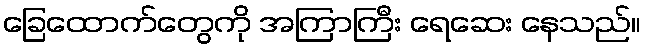
ခြေထောက်တွေကို အကြာကြီး ရေဆေး နေသည်။